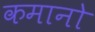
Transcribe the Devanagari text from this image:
कमानो